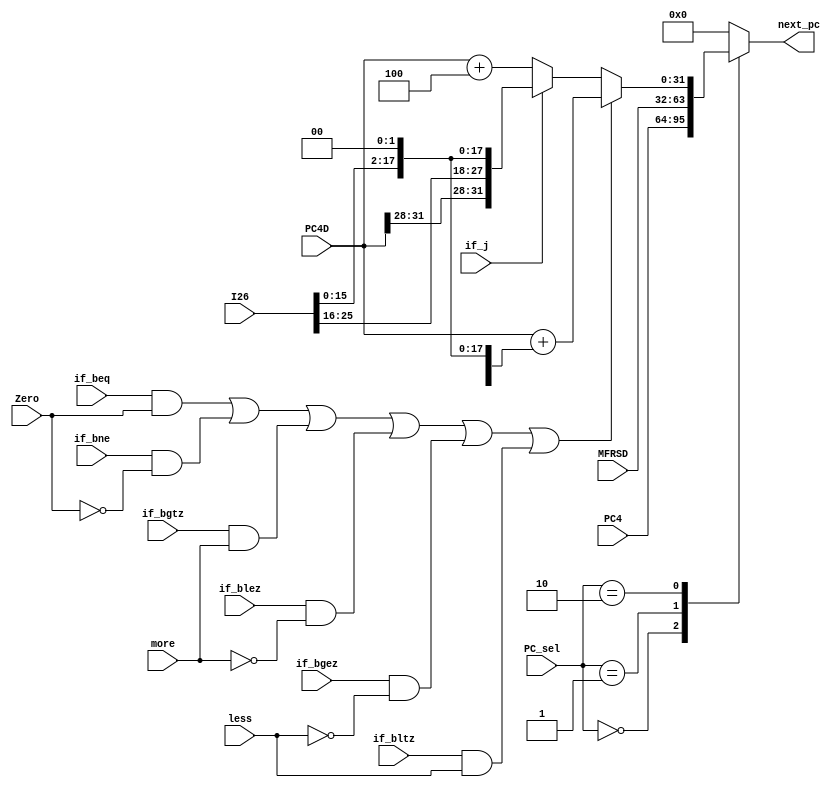
`timescale 1ns / 1ps
//////////////////////////////////////////////////////////////////////////////////
// Company: 
// Engineer: 
// 
// Design Name: 
// Module Name:    npc 
// Project Name: 
// Target Devices: 
// Tool versions: 
// Description: 
//
// Dependencies: 
//
// Revision: 
// Revision 0.01 - File Created
// Additional Comments: 
//
//////////////////////////////////////////////////////////////////////////////////
module npc(
    input [31:0] PC4,
	 input [31:0] PC4D,
    input [25:0] I26,
	 input [31:0] MFRSD,
	 input Zero,
	 input more,
	 input less,
	 input if_beq,
	 input if_bne,
	 input if_bgtz,
	 input if_blez,
	 input if_bgez,
	 input if_bltz,
	 input if_j,//jjal
	 input[1:0] PC_sel,
    output reg[31:0] next_pc
    );
	reg[31:0] NPC;
	always@(*) begin
		if((if_beq&&Zero)||(if_bne&&!Zero)||(if_bgtz&&more)||(if_blez&&!more)||(if_bgez&&!less)||(if_bltz&&less)) begin
			NPC<=PC4D+{{14{I26[15]}},I26[15:0],2'b00};
		end
		else if(if_j) begin
			NPC<={PC4D[31:28],I26[25:0],2'b00};
		end
		else begin
			NPC<=PC4D+4;
		end
		case(PC_sel) 
			2'b00: next_pc<=PC4;
			2'b01: next_pc<=MFRSD;
			2'b10: next_pc<=NPC;
			default: next_pc<=0;
		endcase
	end

endmodule